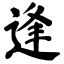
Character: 逢